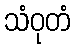
သံဝုတံ